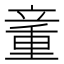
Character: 𰩨